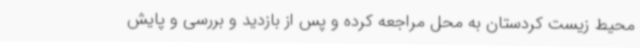
محیط زیست کردستان به محل مراجعه کرده و پس از بازدید و بررسی و پایش